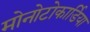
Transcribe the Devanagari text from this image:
मोनोटोकार्डिया